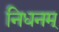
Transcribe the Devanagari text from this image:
निधनम्